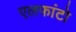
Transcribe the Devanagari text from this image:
एलफांटो